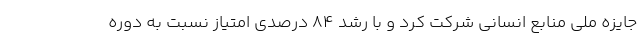
جایزه ملی منابع انسانی شرکت کرد و با رشد ۸۴ درصدی امتیاز نسبت به دوره